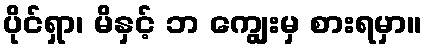
ပိုင်ရှာ၊ မိနှင့် ဘ ကျွေးမှ စားရမှာ။